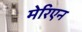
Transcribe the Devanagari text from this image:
मेरिएन